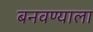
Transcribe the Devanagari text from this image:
बनवण्याला